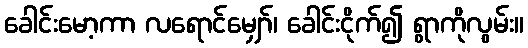
ခေါင်းမော့ကာ လရောင်မျှော်၊ ခေါင်းငိုက်၍ ရွာကိုလွမ်း။